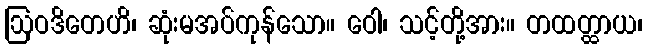
ဩဝဒိတေဟိ၊ ဆုံးမအပ်ကုန်သော။ ဝေါ၊ သင့်တို့အား။ တထတ္ထာယ၊